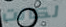
لكانت